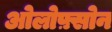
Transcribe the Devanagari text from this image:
ओलोफ़्सोन